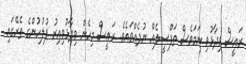
ރައީސް ވިދާޅުވި ނަމަވެސް ތަފްސީލެއް ނުދެއްވައެވެ. ރައީސް މިހެން ވިދާޅުވިއިރު ފުލުހުންގެ ތެރޭގައި